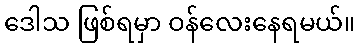
ဒေါသ ဖြစ်ရမှာ ဝန်လေးနေရမယ်။